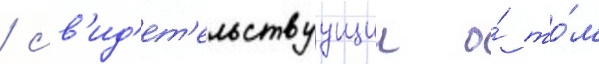
/ св'ид'ет'ельствуущии о́ то́м